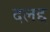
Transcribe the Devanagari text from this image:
दलद्द